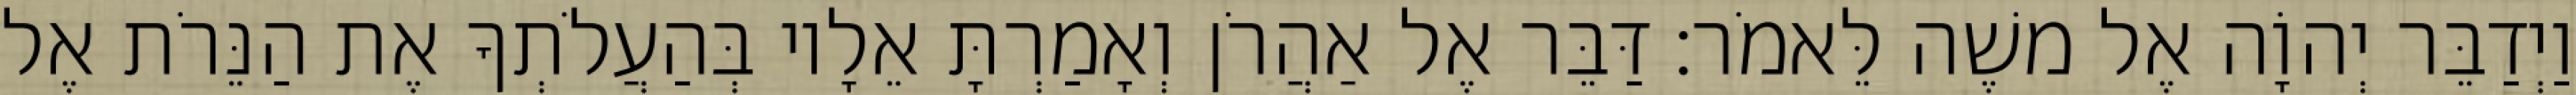
וַיְדַבֵּר יְהוָֹה אֶל משֶׁה לֵּאמֹר׃ דַּבֵּר אֶל אַהֲרֹן וְאָמַרְתָּ אֵלָיו בְּהַעֲלֹתְךָ אֶת הַנֵּרֹת אֶל